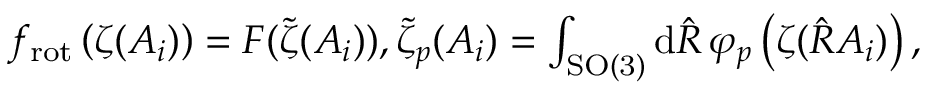
\begin{array} { r } { f _ { \mathrm { r o t } } \left( \boldsymbol { \zeta } ( A _ { i } ) \right) = F ( \tilde { \boldsymbol { \zeta } } ( A _ { i } ) ) , \tilde { \zeta } _ { p } ( A _ { i } ) = \int _ { \mathrm { S O ( 3 ) } } \mathrm { d } \hat { R } \, \varphi _ { p } \left( \boldsymbol { \zeta } ( \hat { R } A _ { i } ) \right) , } \end{array}